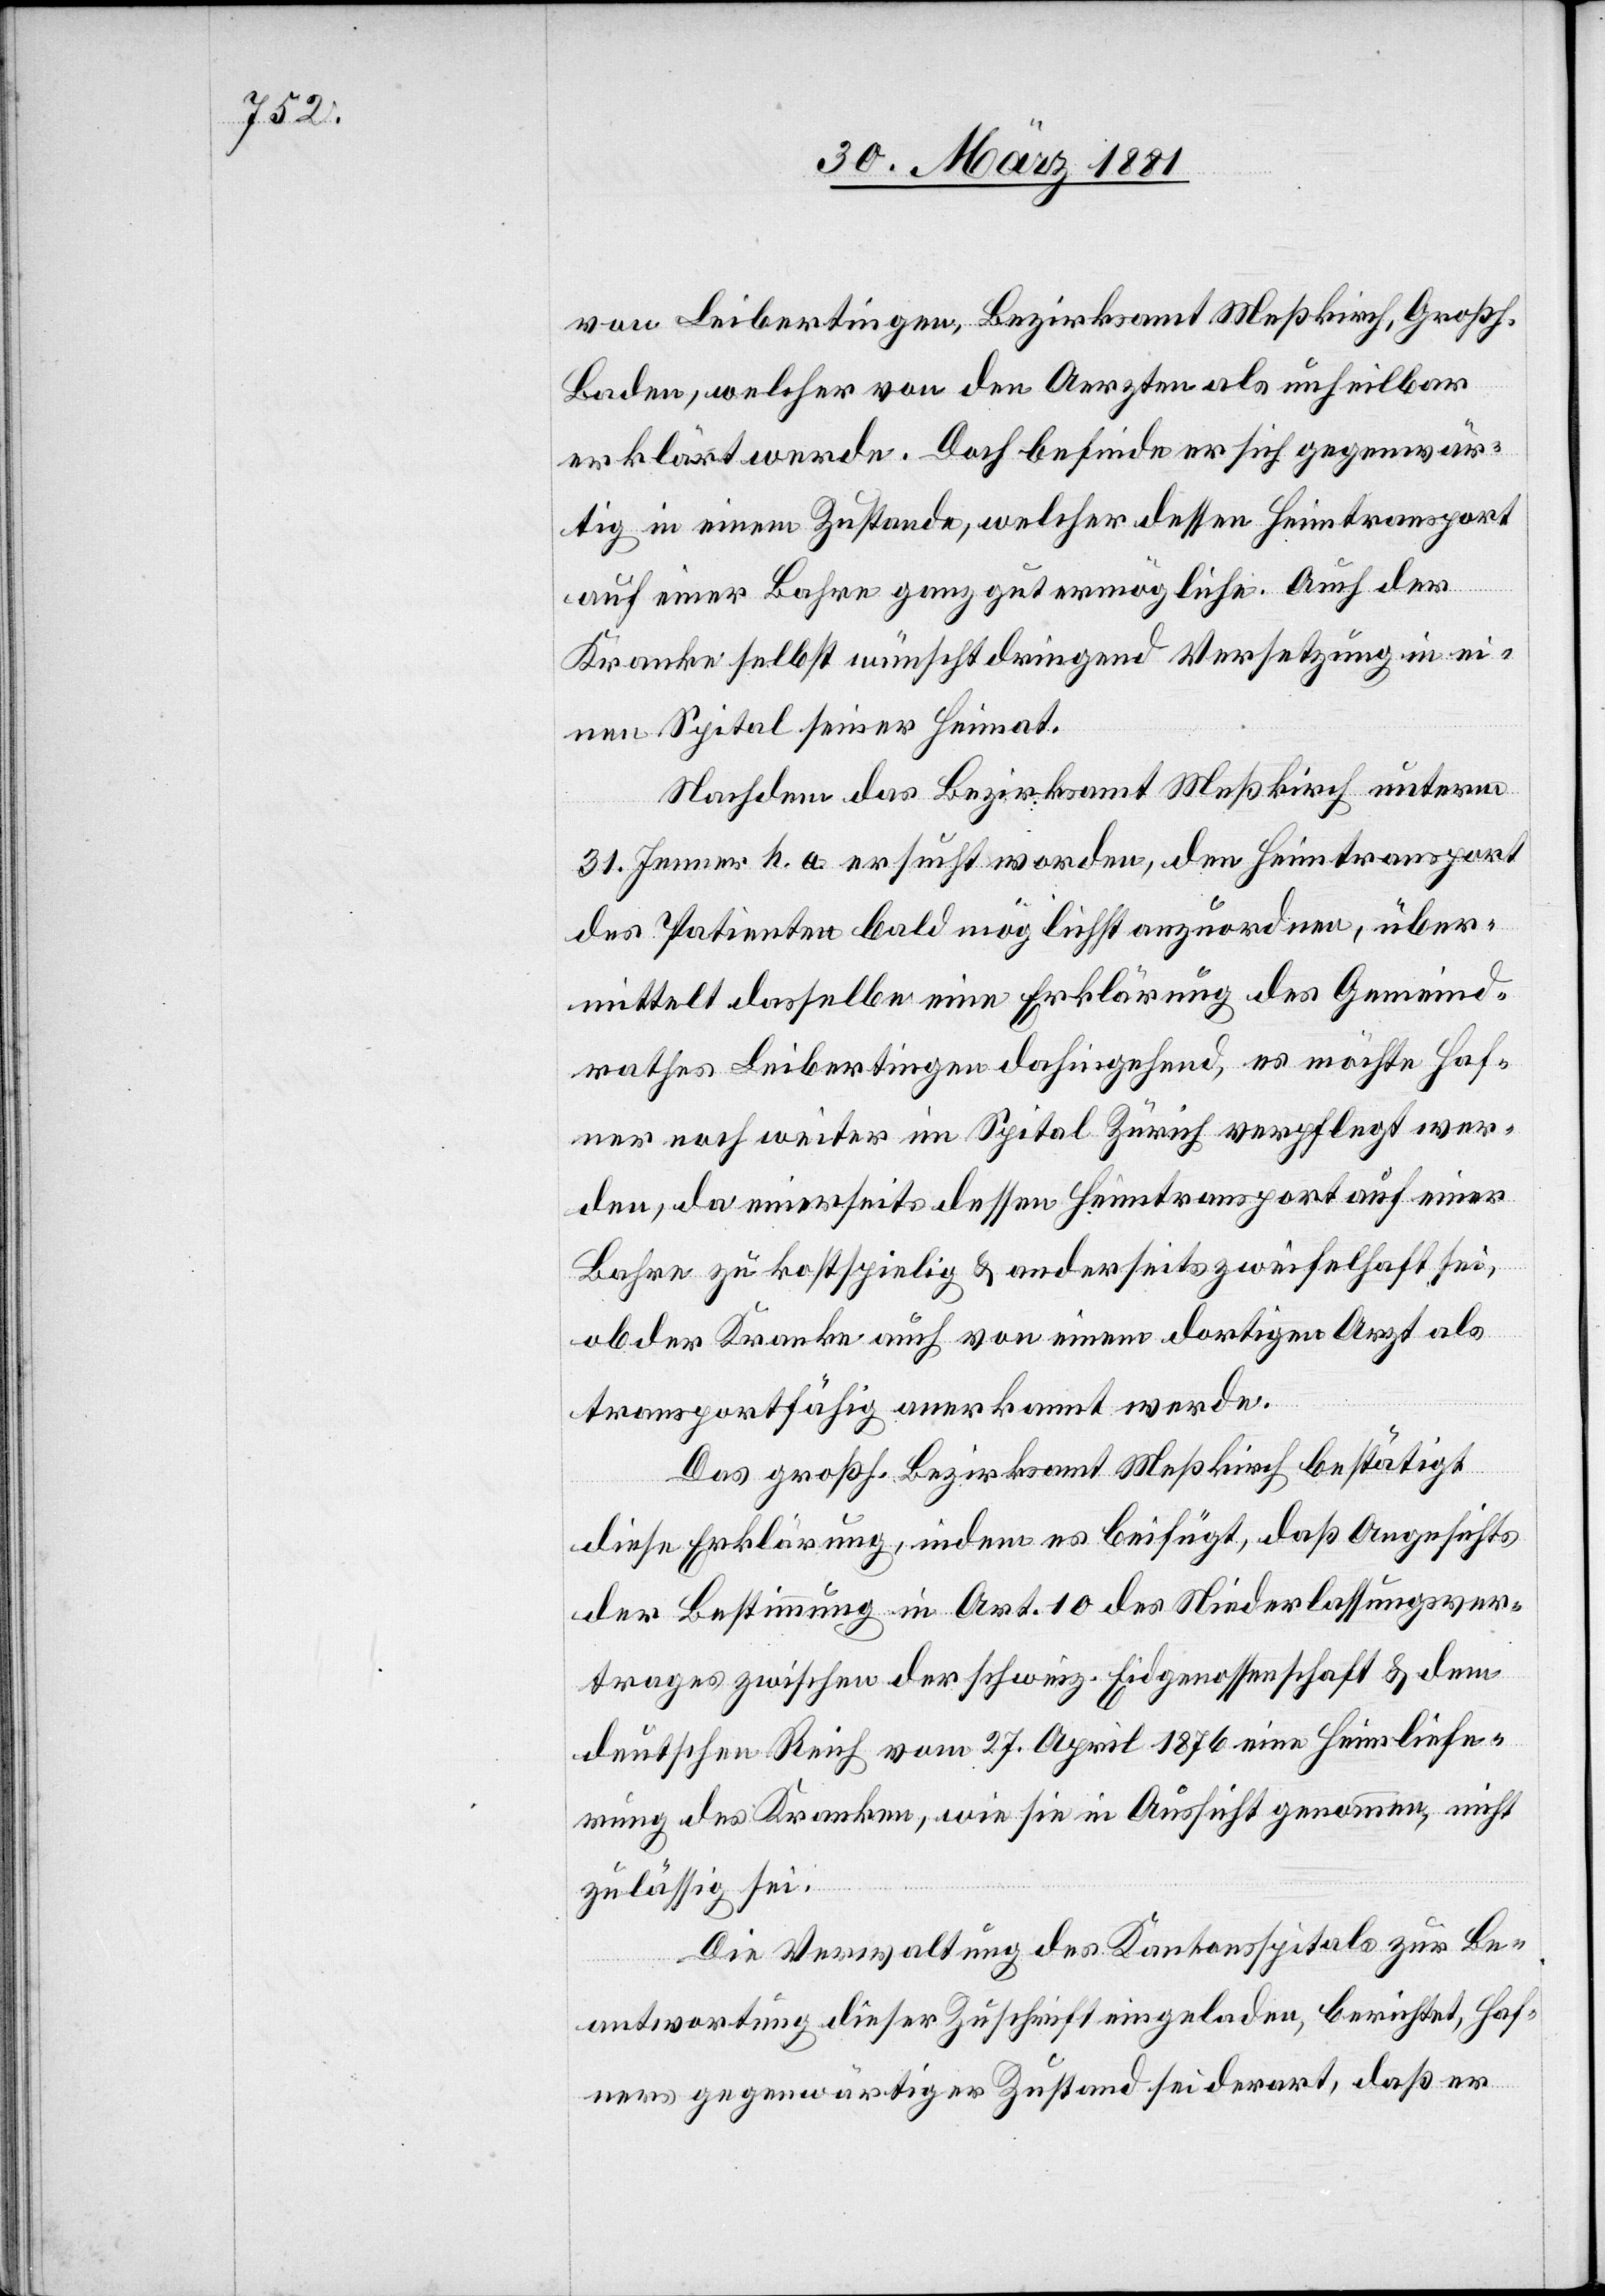
von Leibertingen, Bezirksamt Meßkirch, Großh.
Baden, welcher von den Aerzten als unheilbar
erklärt werde. Doch befinde er sich gegenwär¬
tig in einem Zustande, welcher dessen Heimtransport
auf einer Bahre ganz gut ermögliche. Auch der
Kranke selbst wünscht dringend Versetzung in ei¬
nen Spital seiner Heimat.
Nachdem das Bezirksamt Meßkirch unterm
31. Jenner h. a. ersucht worden, den Heimtransport
des Patienten bald möglichst anzuordnen, über¬
mittelt dasselbe eine Erklärung des Gemeind¬
rathes Leibertingen dahingehend, es möchte Haf¬
ner noch weiter im Spital Zürich verpflegt wer¬
den, da einerseits dessen Heimtransport auf einer
Bahre zu kostspielig & anderseits zweifelhaft sei,
ob der Kranke auch von einem dortigen Arzt als
transportfähig anerkannt werde.
Das großh. Bezirksamt Meßkirch bestätigt
diese Erklärung, indem es beifügt, daß Angesichts
der Bestimmung in Art. 10 des Niederlassungsver¬
trages zwischen der schweiz. Eidgenossenschaft & dem
deutschen Reich vom 27. April 1876 eine Heimliefe¬
rung des Kranken, wie sie in Aussicht genommen, nicht
zulässig sei.
Die Verwaltung des Kantonsspitals zur Be¬
antwortung dieser Zuschrift eingeladen, berichtet, Haf¬
ners gegenwärtiger Zustand sei derart, daß er